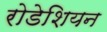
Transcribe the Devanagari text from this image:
रोडेशियन